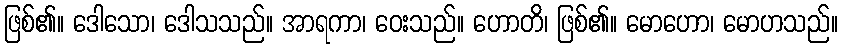
ဖြစ်၏။ ဒေါသော၊ ဒေါသသည်။ အာရကာ၊ ဝေးသည်။ ဟောတိ၊ ဖြစ်၏။ မောဟော၊ မောဟသည်။